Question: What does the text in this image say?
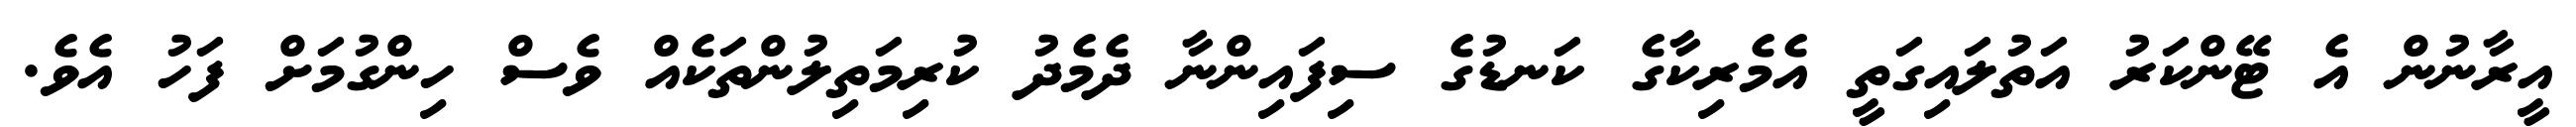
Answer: އީރާނުން އެ ޓޭންކަރު އަތުލައިގަތީ އެމެރިކާގެ ކަނޑުގެ ސިފައިންނާ ދެމެދު ކުރިމަތިލުންތަކެއް ވެސް ހިންގުމަށް ފަހު އެވެ.